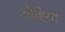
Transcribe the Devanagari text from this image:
बोहिया